Report of the King Institute of Preventive Medicine, Guindy
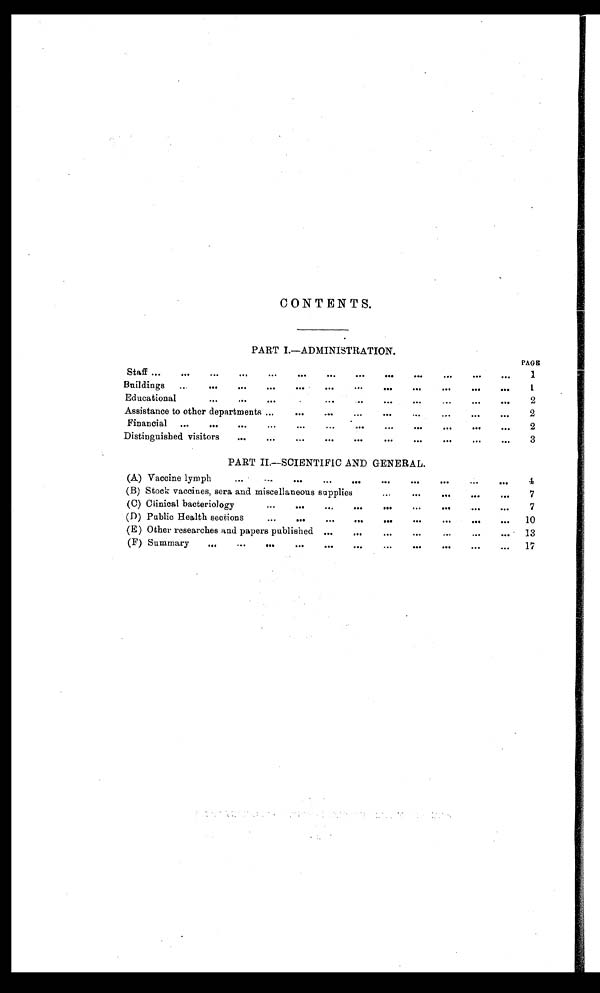
CONTENTS.
PART I.—ADMINISTRATION.
PAGE
Staff ...
... ...
...
...
... ...
...
...
...
. . .
1
Buildings
...
...
...
...
...
...
...
...
...
...
. . .
1
Educational
...
...
...
...
...
...
. . .
2
Assistance to other departments ...
...
...
...
...
...
...
. . .
2
Financial
...
...
...
...
...
... ...
...
...
...
. . .
2
Distinguished visitors
...
...
...
...
...
...
...
...
. . .
3
PART II.—SCIENTIFIC AND GENERAL.
(A) Vaccine lymph
...
... ...
...
...
. . .
4
(B) Stock vaccines, sera and miscellaneous supplies
...
...
...
... ...
7
(C) Clinical bacteriology
...
...
...
...
... ...
...
...
. . .
7
(D) Public Health sections
...
...
...
...
... ...
... ...
. . .
10
(E) Other researches and papers published ...
... ... ...
...
...
. . .
13
(F) Summary
...
...
... ...
...
...
...
...
...
...
. . .
17